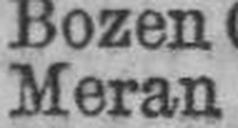
Meran